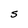
Character: S